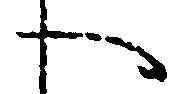
へ